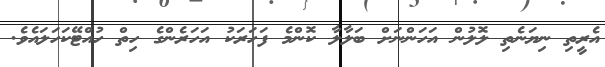
އެރީތި ނިޔަނެތި ލޮލުން އަހަންނަށް ބަލާލާ ކޮންމެ ފަހަރަކު އަހަރެންގެ ހިތް ހުއްޓޭކަހަލައެވެ.